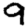
Digit: 9